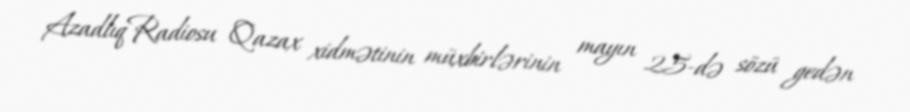
AzadlıqRadiosu Qazax xidmətinin müxbirlərinin mayın 25-də sözü gedən